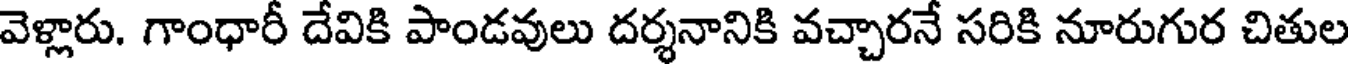
వెళ్లారు. గాంధారీ దేవికి పాండవులు దర్శనానికి వచ్చారనే సరికి నూరుగుర చితుల